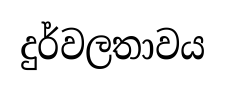
දුර්වලතාවය